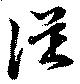
從